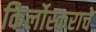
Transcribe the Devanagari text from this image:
किर्लोस्कराचे